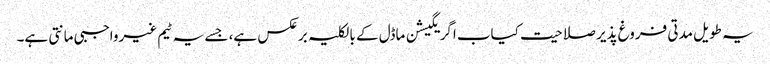
یہ طویل مدتی فروغ پذیر صلاحیت کیاب اگریگیشن ماڈل کے بالکلیہ برعکس ہے، جسے یہ ٹیم غیرواجبی مانتی ہے۔